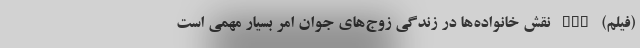
(فیلم) nan نقش خانواده‌ها در زندگی زوج‌های جوان امر بسیار مهمی است